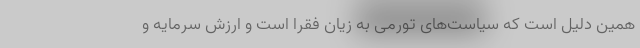
همین دلیل است که سیاست‌های تورمی به زیان فقرا است و ارزش سرمایه و